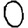
Digit: 0